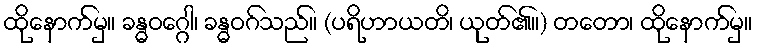
ထိုနောက်မှ။ ခန္ဓဝဂ္ဂေါ၊ ခန္ဓဝဂ်သည်။ (ပရိဟာယတိ၊ ယုတ်၏။) တတော၊ ထိုနောက်မှ။